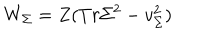
W _ { \Sigma } = Z ( T r \Sigma ^ { 2 } - v _ { \Sigma } ^ { 2 } )